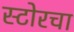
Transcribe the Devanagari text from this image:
स्टोरचा